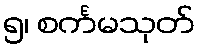
၅၊ စင်္ကမသုတ်